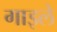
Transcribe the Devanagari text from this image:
गाइले